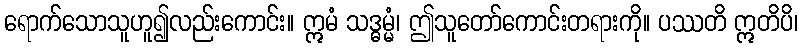
ရောက်သောသူဟူ၍လည်းကောင်း။ ဣမံ သဒ္ဓမ္မံ၊ ဤသူတော်ကောင်းတရားကို။ ပဿတိ ဣတိပိ၊